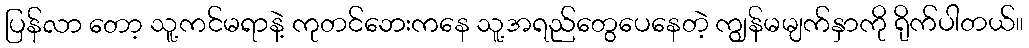
ပြန်လာ တော့ သူ့ကင်မရာနဲ့ ကုတင်ဘေးကနေ သူ့အရည်တွေပေနေတဲ့ ကျွန်မမျက်နှာကို ရိုက်ပါတယ်။